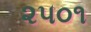
૨૫૦૧